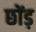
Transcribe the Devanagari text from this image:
छोंड़